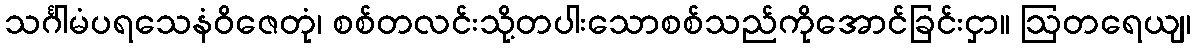
သင်္ဂါမံပရသေနံဝိဇေတုံ၊ စစ်တလင်းသို့တပါးသောစစ်သည်ကိုအောင်ခြင်းငှာ။ ဩတရေယျ၊